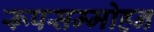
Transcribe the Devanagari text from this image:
रूपसम्मोहन